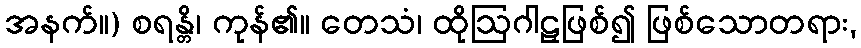
အနက်။) စရန္တိ၊ ကုန်၏။ တေသံ၊ ထိုဩဂါဠှဖြစ်၍ ဖြစ်သောတရား,